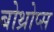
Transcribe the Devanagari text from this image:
बोथ्रोप्स